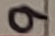
Text: 9